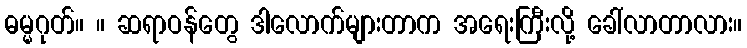
ဓမ္မဂုတ်။ ။ ဆရာဝန်တွေ ဒါလောက်များတာက အရေးကြီးလို့ ခေါ်လာတာလား။